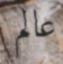
عالم